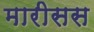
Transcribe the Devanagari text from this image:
मारीसस